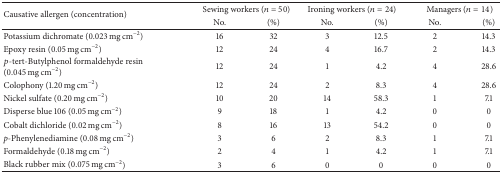
| <ROWSPAN=2> Causative allergen (concentration) | <COLSPAN=2> Sewing workers (n = 50) | <COLSPAN=2> Ironing workers (n = 24) | <COLSPAN=2> Managers (n = 14) |
 | No. | (%) | No. | (%) | No. | (%) |
 | --- | --- | --- | --- | --- | --- | --- |
 | Potassium dichromate (0.023 mg cm−2) | 16 | 32 | 3 | 12.5 | 2 | 14.3 |
 | Epoxy resin (0.05 mg cm−2) | 12 | 24 | 4 | 16.7 | 2 | 14.3 |
 | p-tert-Butylphenol formaldehyde resin (0.045 mg cm−2) | 12 | 24 | 1 | 4.2 | 4 | 28.6 |
 | Colophony (1.20 mg cm−2) | 12 | 24 | 2 | 8.3 | 4 | 28.6 |
 | Nickel sulfate (0.20 mg cm−2) | 10 | 20 | 14 | 58.3 | 1 | 7.1 |
 | Disperse blue 106 (0.05 mg cm−2) | 9 | 18 | 1 | 4.2 | 0 | 0 |
 | Cobalt dichloride (0.02 mg cm−2) | 8 | 16 | 13 | 54.2 | 0 | 0 |
 | p-Phenylenediamine (0.08 mg cm−2) | 3 | 6 | 2 | 8.3 | 1 | 7.1 |
 | Formaldehyde (0.18 mg cm−2) | 2 | 4 | 1 | 4.2 | 1 | 7.1 |
 | Black rubber mix (0.075 mg cm−2) | 3 | 6 | 0 | 0 | 0 | 0 |